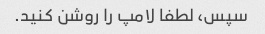
سپس، لطفا لامپ را روشن کنید.